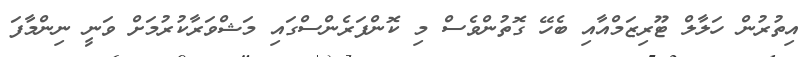
އިތުރުން ހަލާލް ޓޫރިޒަމްއާއި ބެހޭ ގޮތުންވެސް މި ކޮންފަރެންސްގައި މަޝްވަރާކުރުމަށް ވަނީ ނިންމާފަ